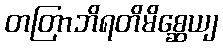
တတြာဘိရတိမိစ္ဆေယျ